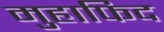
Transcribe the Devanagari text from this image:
मुहाफिद